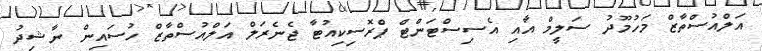
އަލްއުސްތާޒް މަހުމޫދު ސަލީމް އާއި އެސިސްޓަންޓް ޕްރޮސިކިއުޓާ ޖެނެރަލް އަލްއުސްތާޒް ހުސައިން ނާޝިދު